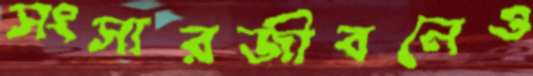
সংসারজীবনেও